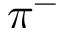
\pi ^ { - }